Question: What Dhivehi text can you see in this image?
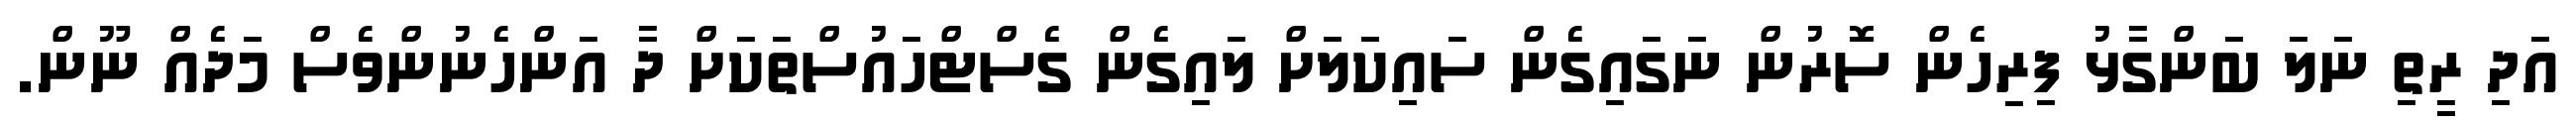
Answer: އަދި ރީތި ނަލަ ބަންގާޅު ފިރިހެން ސޮރުން ނަގައިގެން ސައިކަލަށް ލައިގެން ގެސްޓްހައުސްތަކަށް ދާ އަންހެނުންވެސް މަދެއް ނޫން.